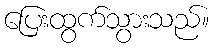
ပြေးထွက်သွားသည်။